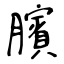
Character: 臏